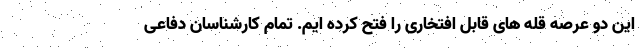
این دو عرصه قله های قابل افتخاری را فتح کرده ایم. تمام کارشناسان دفاعی